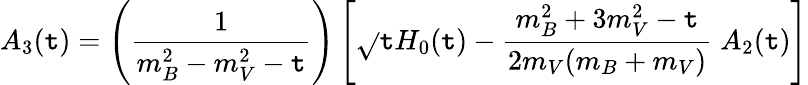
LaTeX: A_{3}(\mathtt{t})=\left(\frac{{1}}{{m_{B}^{2}-m_{V}^{2}-\mathtt{t}}}\right)\left[\sqrt{}{{\mathtt{t}}}H_{0}(\mathtt{t})-\frac{{m_{B}^{2}+3m_{V}^{2}-\mathtt{t}}}{{2m_{V}(m_{B}+m_{V})}}\; A_{2}(\mathtt{t})\right]